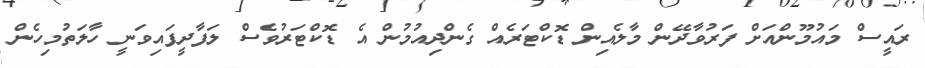
ރައީސް މައުމޫންއަށް ފަރުވާދޭން މާލެއިން ޑޮކްޓަރެއް ގެންދިއުމުން އެ ޑޮކްޓަރުވެސް ލަފާދީފައިވަނީ ހާލަތުމިހެން